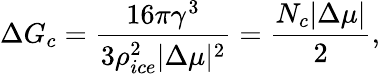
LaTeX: \Delta G_{c}=\frac{16\pi\gamma^{3}}{3\rho_{ice}^{2}|\Delta\mu|^{2}}=\frac{N_{c}|\Delta\mu|}{2},